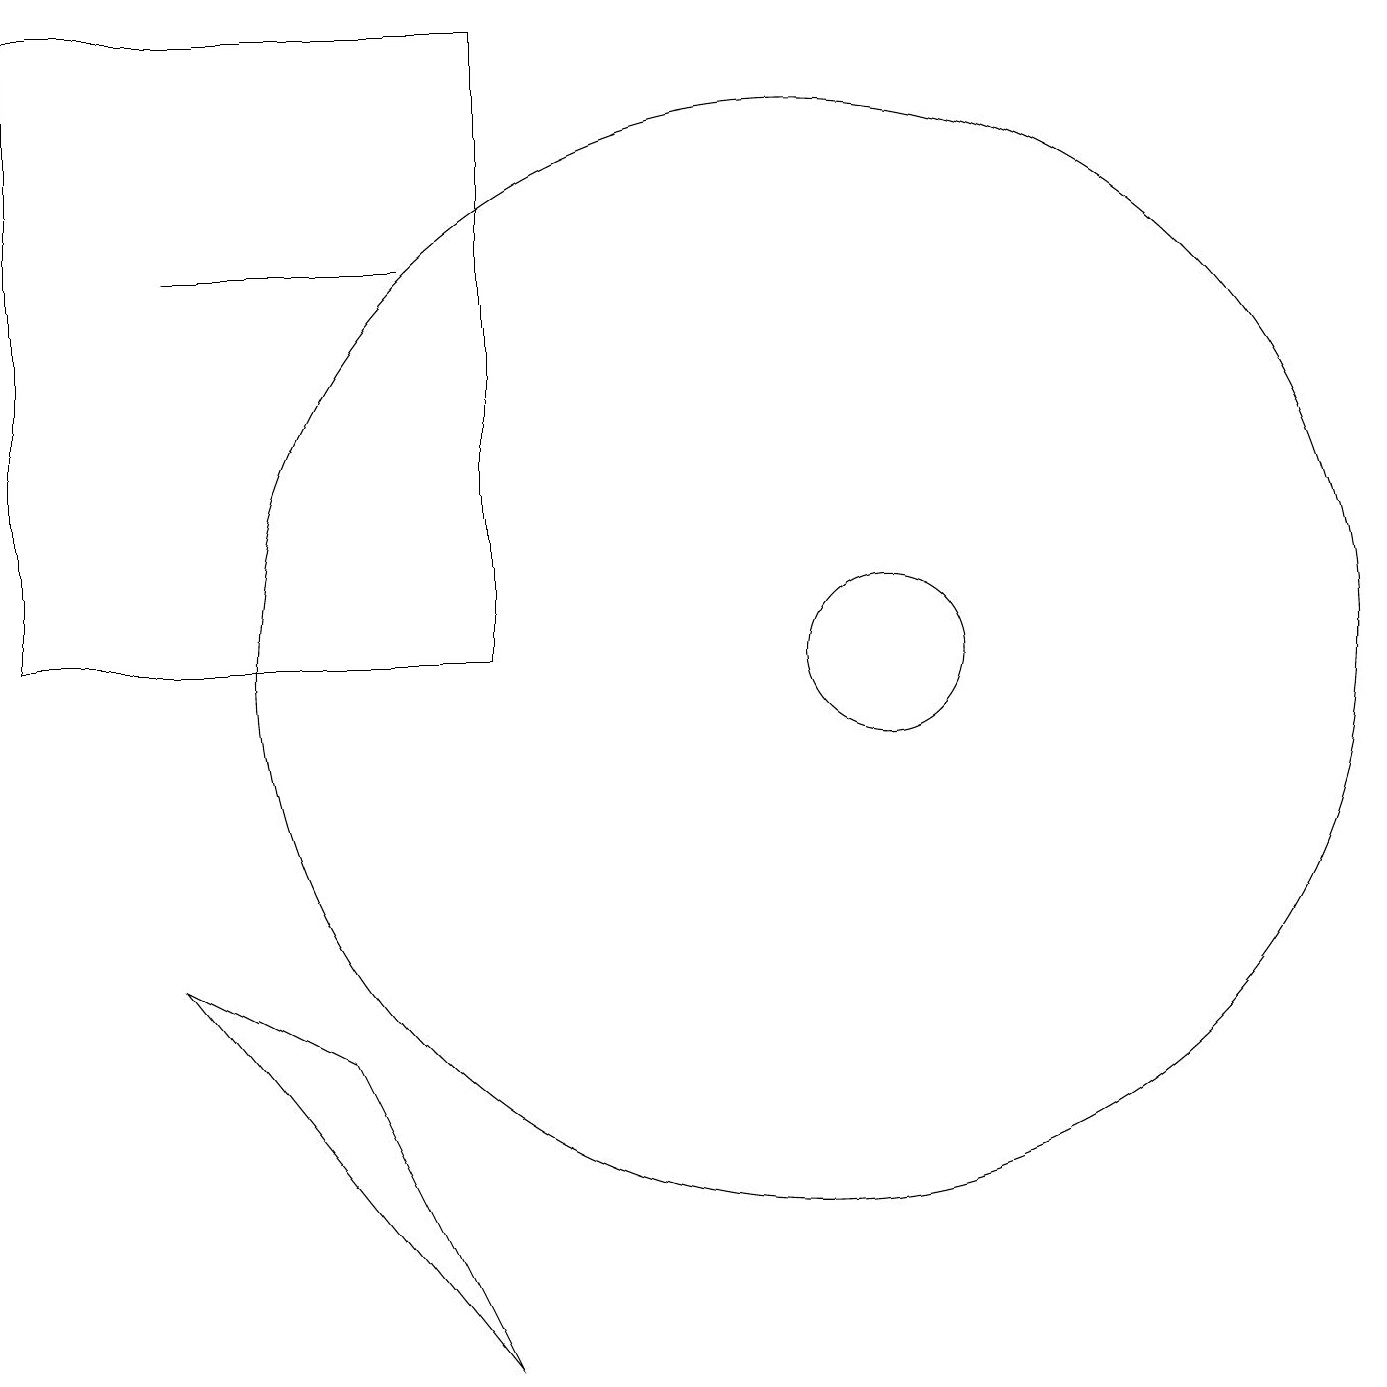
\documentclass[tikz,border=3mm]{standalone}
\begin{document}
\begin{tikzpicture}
\draw (7,2) -- (5,6) -- (3,7) -- cycle;
\draw (11,11) circle (7);
\draw (12,11) circle (1);
\draw (3,16) rectangle (6,16);
\draw (1,11) rectangle (7,19);
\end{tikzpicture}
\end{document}